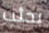
بحثت